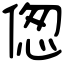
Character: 偬